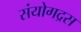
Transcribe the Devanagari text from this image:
संयोगद्रस